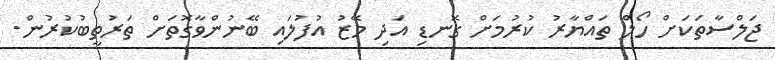
ޖަލްސާތަކަށް ހޯލް ތައްޔާރު ކުރުމަށް ގޮނޑި އަދި މޭޒު އުފުލައި ބޭނުންވާގޮތަށް ތަރުތީބުކުރުން.